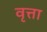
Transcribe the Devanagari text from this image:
वृत्ता